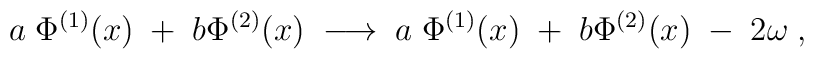
a \; \Phi^{(1)}(x) \; + \; b \Phi^{(2)}(x) \; \longrightarrow \; a \; \Phi^{(1)}(x) \; + \; b \Phi^{(2)}(x) \; - \; 2 \omega \; ,